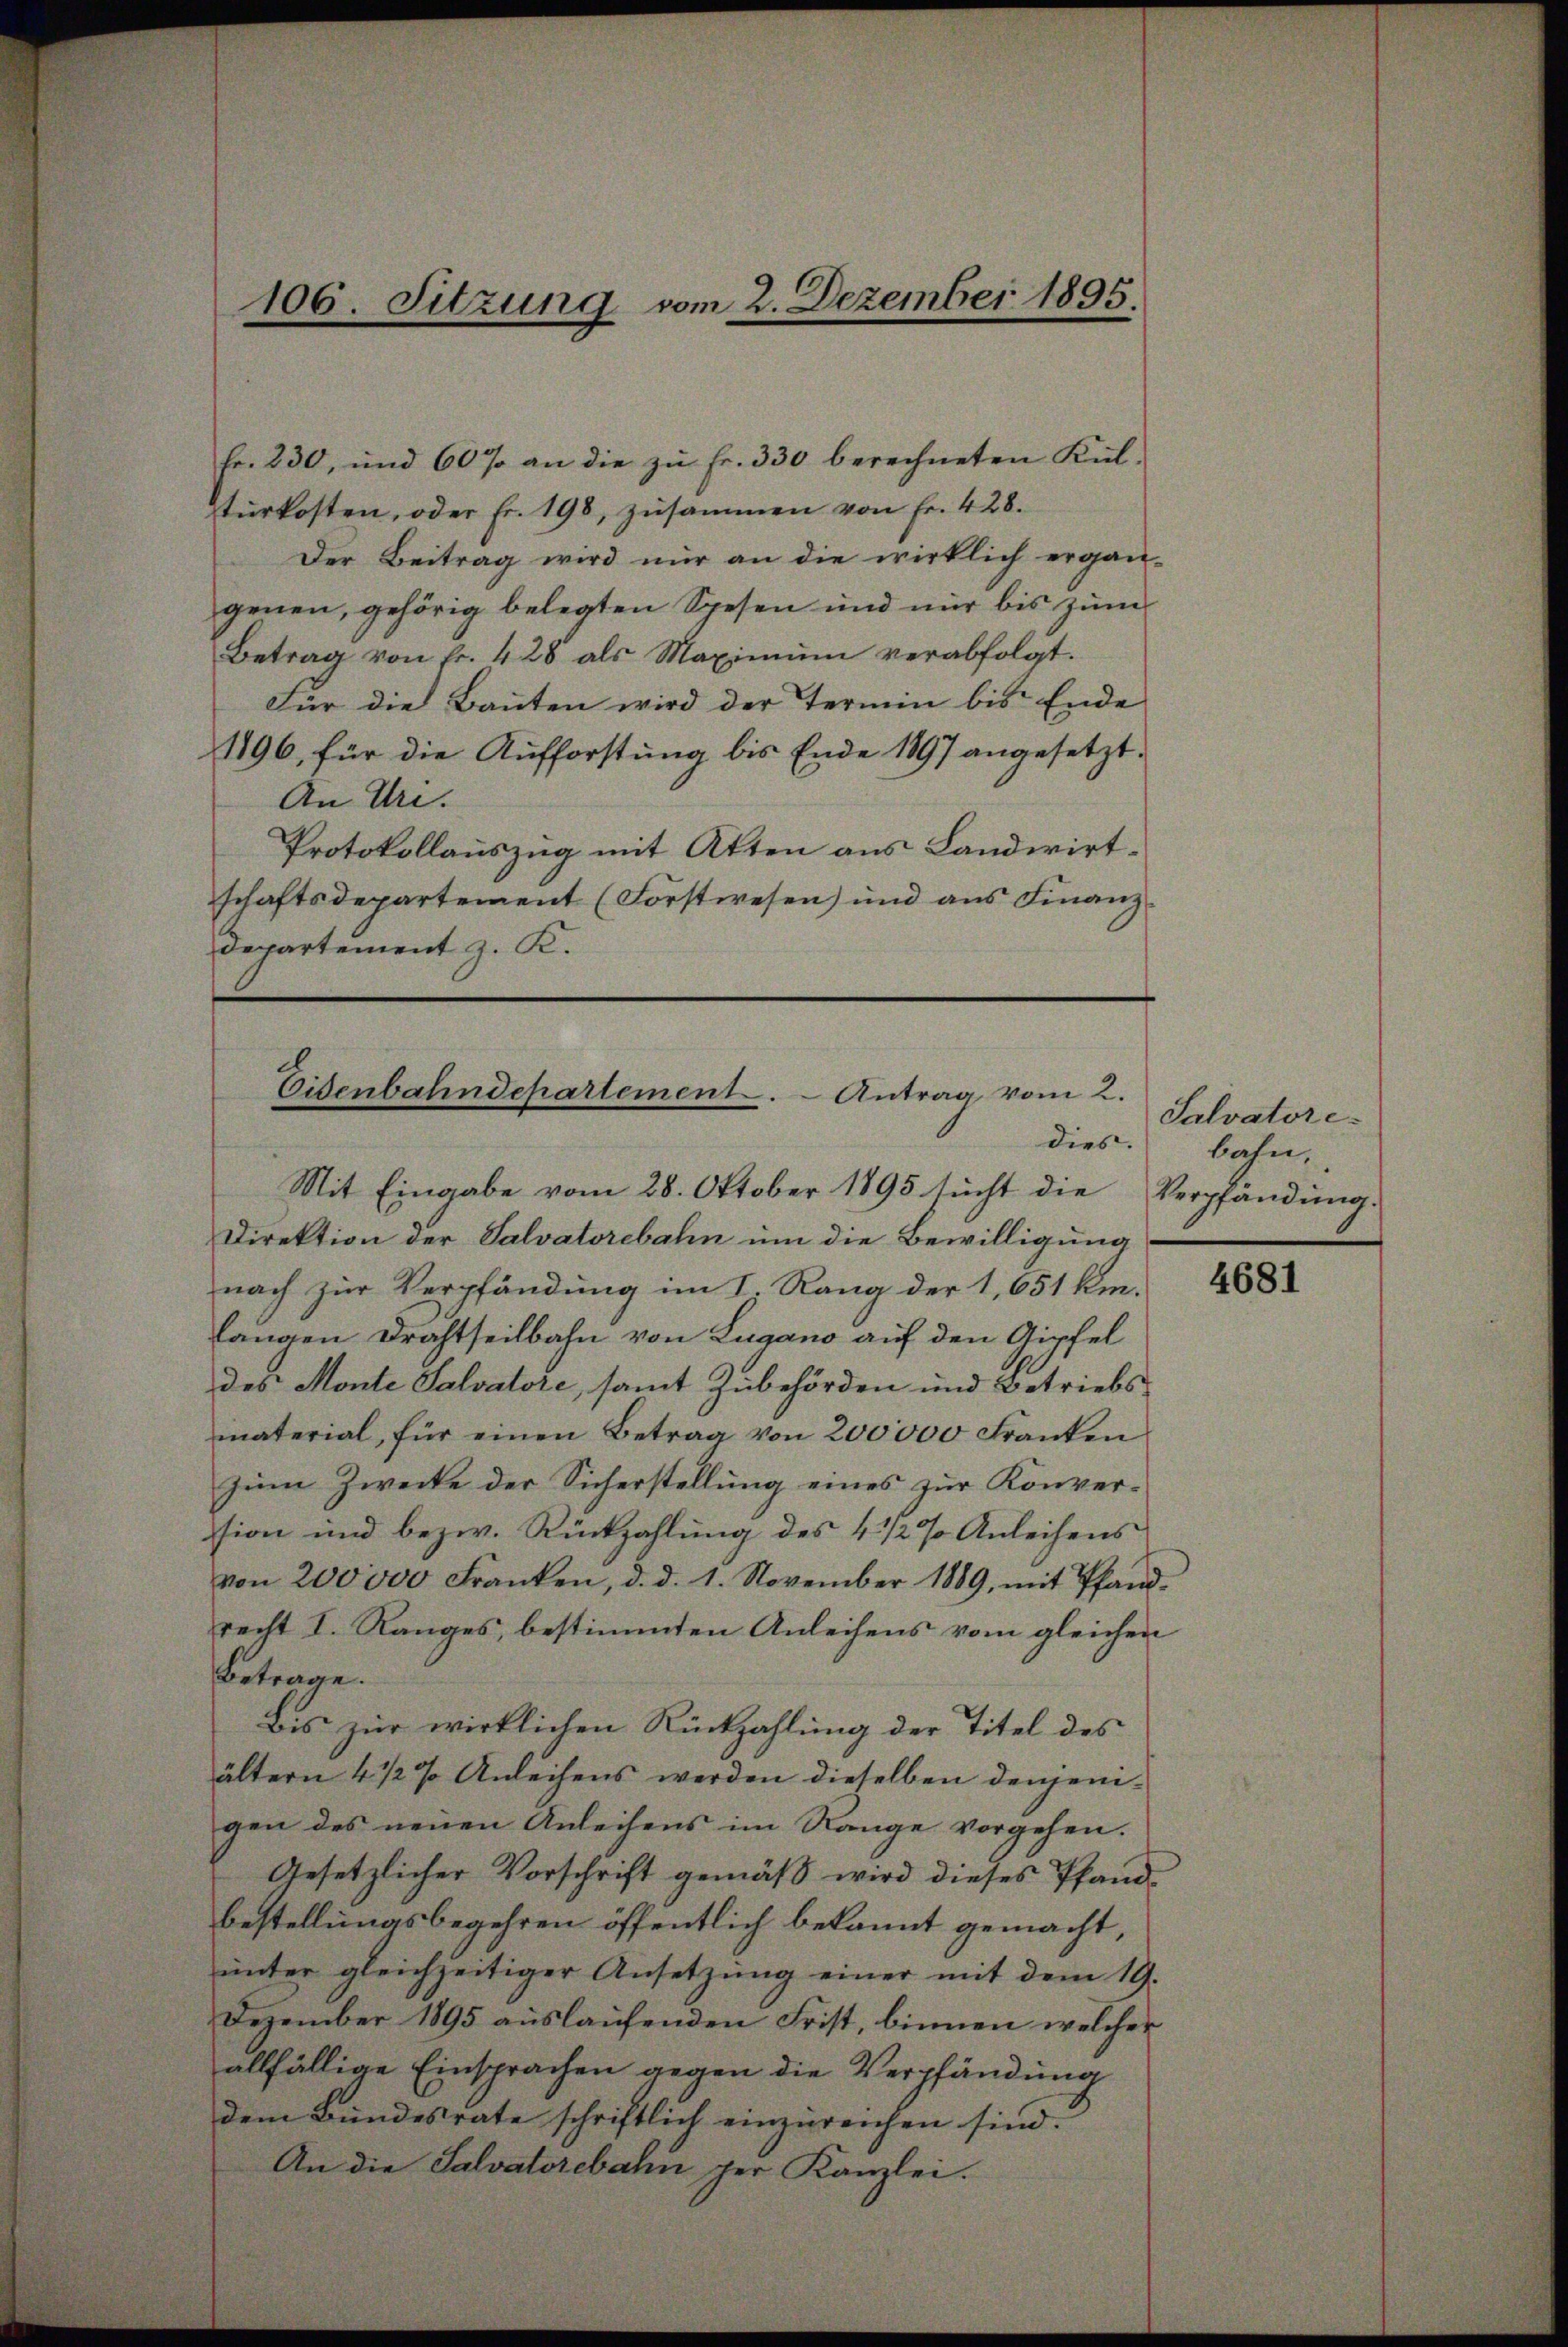
106. Sitzung vom 2. Dezember 1895.

fr. 230, und 60% an die zŭ fr. 330 berechneten Kül-
türkosten, oder fr. 198, zusammen von Fr. 428.
Der Beitrag wird nur an die wirklich ergän-
genen, gehörig belegten Spesen und nur bis zum
Betrag von fr. 428 als Maximum verabfolgt.
Für die Baŭten wird der Termin bis Ende
1196, für die Aufforstung bis Ende 1897 angesetzt.
An Uri.
Protokollauszug mit Atten aus Landwirtschaftsdepartement (Forstwesen) und aus Finanz¬
Departement z. K.

Eisenbahndepartement. - Antrag vom 2.
dies.
Mit Eingabe vom 28. Oktober 1895 sucht die

Direktion der Salvatorebahn um die Bewilligung
nach zur Verpfändung im I. Rang der 1,651 km.
langen Drahtseitbahn von Lugano auf den Gipfel
des Monte Salvatore, samt Zubehörden und Betriebsmaterial, für einen Betrag von 200000 Franken
zum Zwecke der Sicherstellung eines zur Konversion und bezw. Rückzahlung des 4 1/2 % Anleihens
von 200000 Franken, d. d. 1. November 1889, mit Pfand-
recht I. Ranges, bestimmten Anleihens vom gleichen
Betrage.
Bis zur wirklichen Rückzahlung der Titel des
ältern 4 1/2 % Anleihens werden dieselben denjenigen des neuen Anleihens im Range vorgehen.
Gesetzlicher Vorschrift gemäß wird dieses Pfand-
bestellungsbegehren öffentlich bekannt gemacht,
ŭnter gleichzeitiger Ansetzŭng einer mit dem 19.
Dezember 1895 auslaufenden Frist, binnen welcher
allfällige Einsprachen gegen die Verpfändung
dem Bundesrate schriftlich einzureichen sind.
An die Salvatorebahn per Kanzlei.

Salvatore
bahn.
Verpfändung.

4681